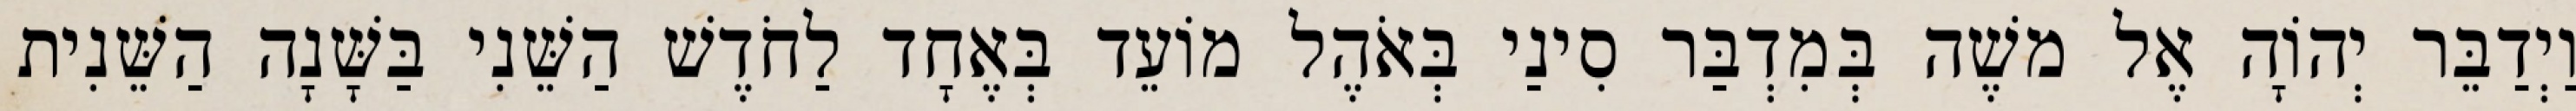
וַיְדַבֵּר יְהוָֹה אֶל משֶׁה בְּמִדְבַּר סִינַי בְּאֹהֶל מוֹעֵד בְּאֶחָד לַחֹדֶשׁ הַשֵּׁנִי בַּשָּׁנָה הַשֵּׁנִית